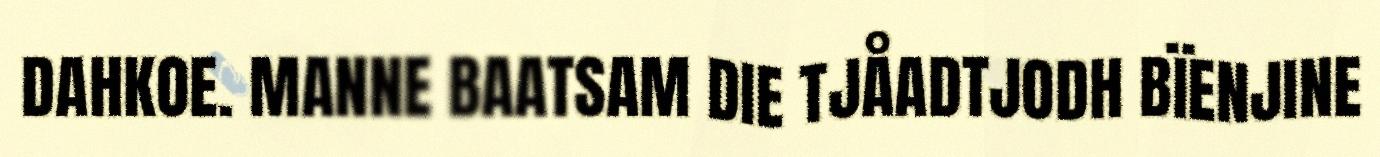
DAHKOE. MANNE BAATSAM DIE TJÅADTJODH BÏENJINE